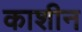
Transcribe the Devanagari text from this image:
काशीन